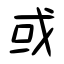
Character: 或